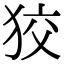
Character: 狡